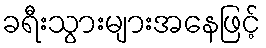
ခရီးသွားများအနေဖြင့်